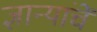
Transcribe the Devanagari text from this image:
ज्ञान्यांचें